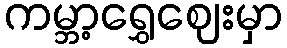
ကမ္ဘာ့ရွှေဈေးမှာ